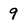
Character: 9